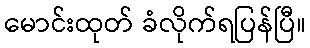
မောင်းထုတ် ခံလိုက်ရပြန်ပြီ။